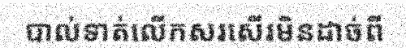
បាល់ទាត់លើកសរសើរមិនដាច់ពី